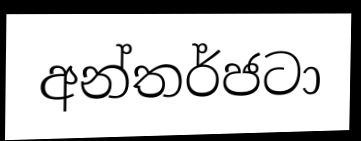
අන්තර්ජටා